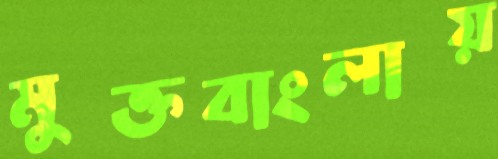
মুক্তবাংলায়